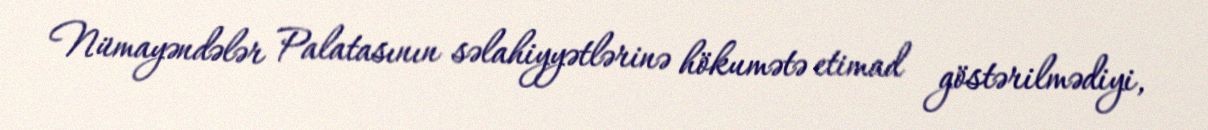
Nümayəndələr Palatasının səlahiyyətlərinə hökumətə etimad göstərilmədiyi,